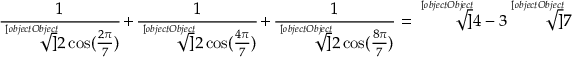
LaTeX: { \frac { 1 } { \sqrt [ [object Object] ] { 2 \cos ( { \frac { 2 \pi } { 7 } } ) } } } + { \frac { 1 } { \sqrt [ [object Object] ] { 2 \cos ( { \frac { 4 \pi } { 7 } } ) } } } + { \frac { 1 } { \sqrt [ [object Object] ] { 2 \cos ( { \frac { 8 \pi } { 7 } } ) } } } = { \sqrt [ [object Object] ] { 4 - 3 { \sqrt [ [object Object] ] { 7 } } } }